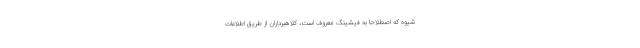
شیوه که اصطلاحاً به فیشینگ معروف است، کلاهبرداران از طریق اطلاعات